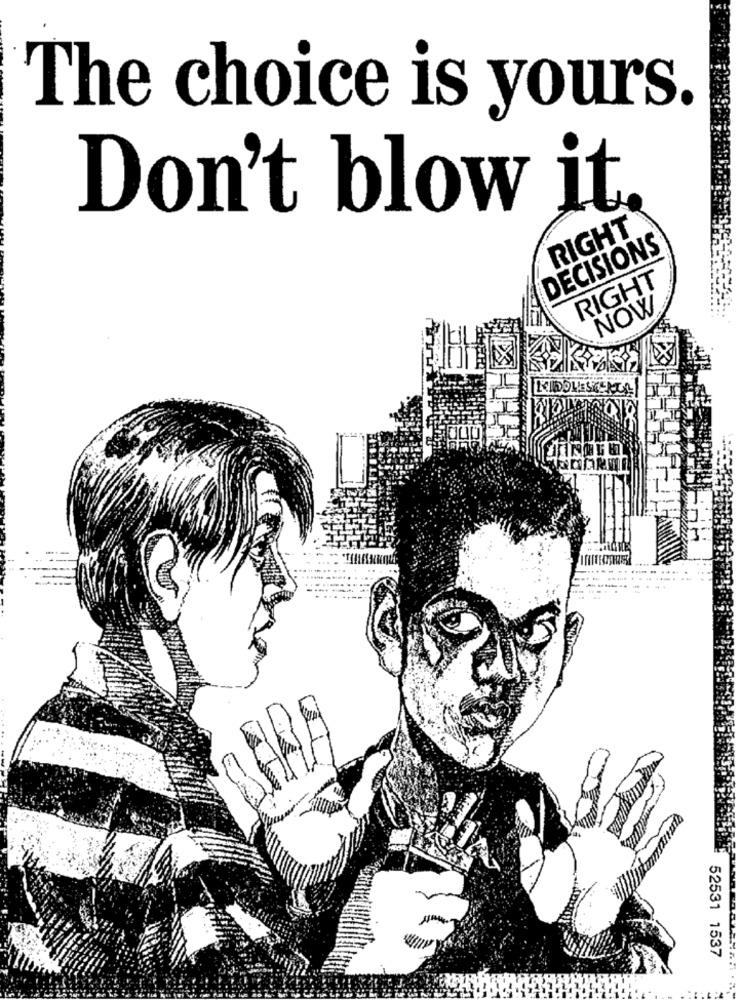
The choice is yours.
Don't blow it
RIGHT
DECISIONS
RIGHT
NOW
52531 1537